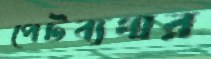
পেটব্যথার